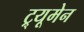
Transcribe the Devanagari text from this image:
ट्र्यूमेन